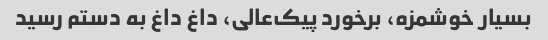
بسیار خوشمزه، برخورد پیک‌عالی، داغ داغ به دستم رسید